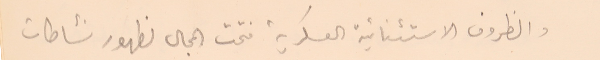
والظروف الاستثنائية العسكرية فتحت المجال لظهور نشاطات